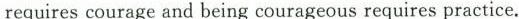
requires courage and being courageous requires practice.